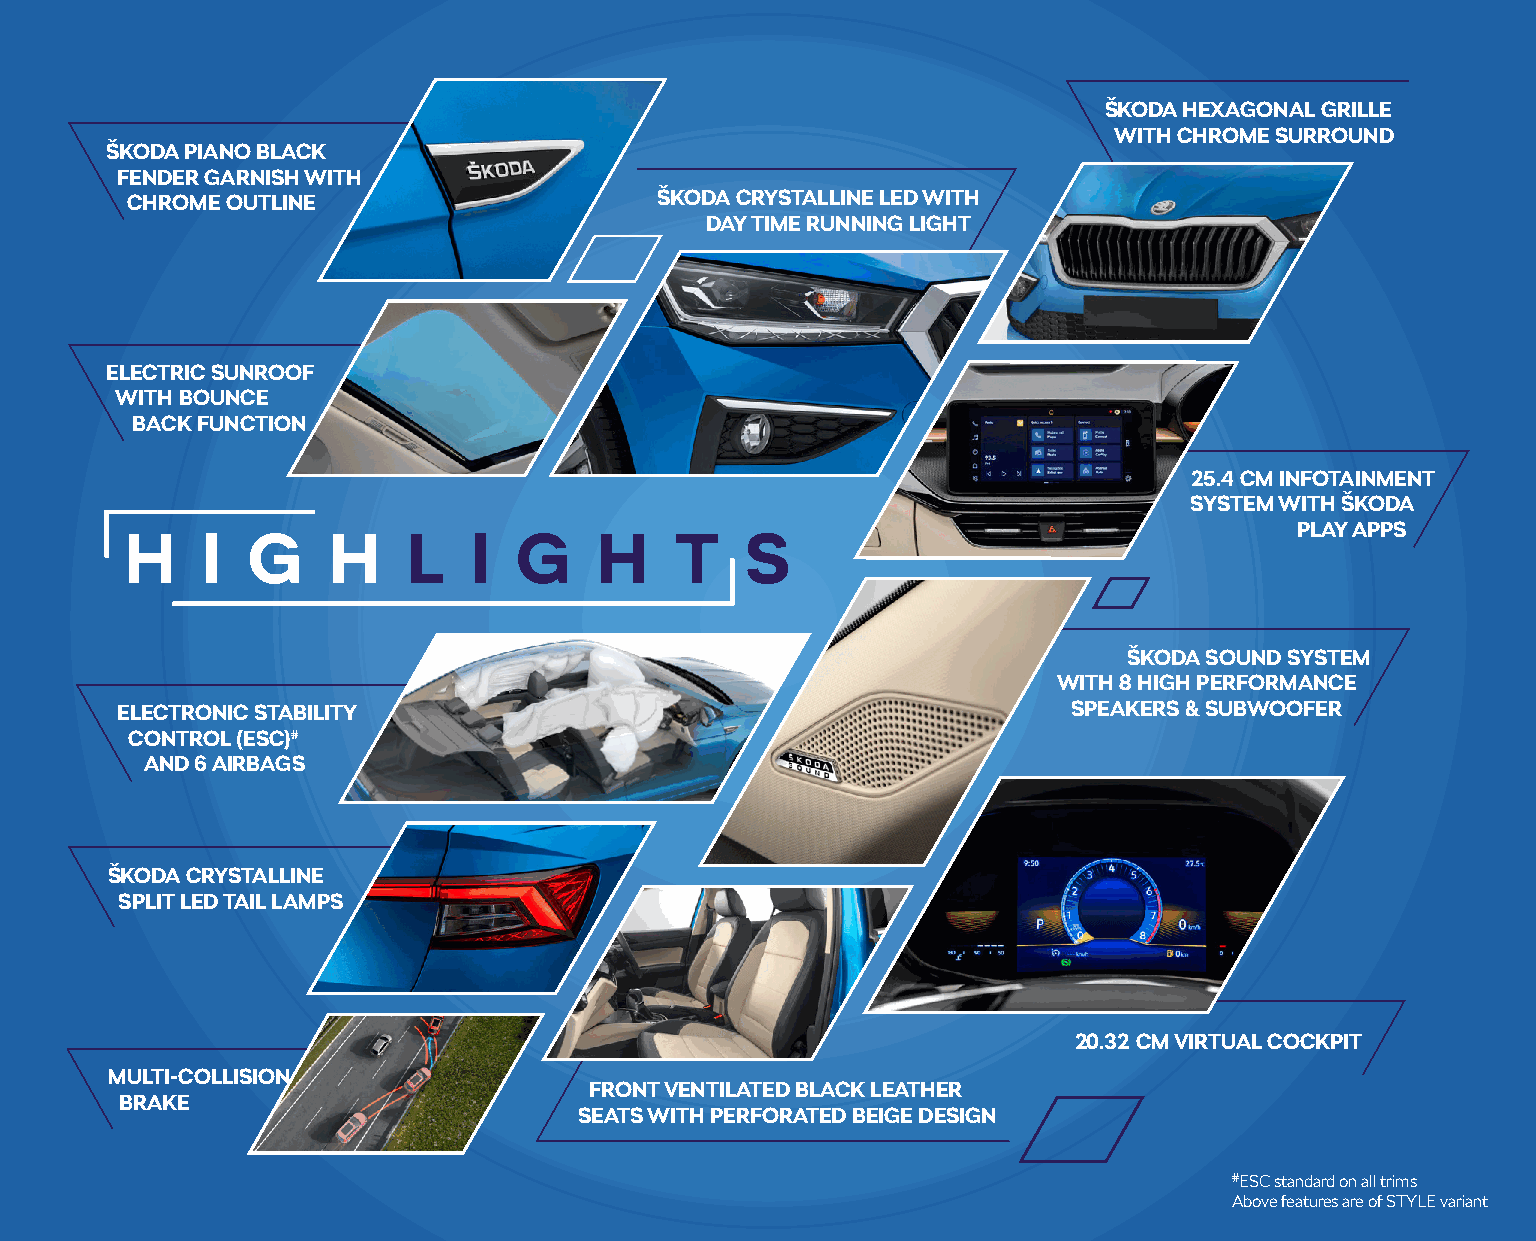
ŠKODA HEXAGONAL GRILLE
 WITH CHROME SURROUND
 ŠKODA PIANO BLACK
 FENDER GARNISH WITH
 CHROME OUTLINE                      ŠKODA CRYSTALLINE LED WITH
 DAY TIME RUNNING LIGHT
 ELECTRIC SUNROOF
 WITH BOUNCE
 BACK FUNCTION
 25.4 CM INFOTAINMENT
 SYSTEM WITH ŠKODA
 PLAY APPS
 H    I  G     HL     I  G     H    T    S
 ŠKODA SOUND SYSTEM
 WITH 8 HIGH PERFORMANCE
 ELECTRONIC STABILITY                                           SPEAKERS & SUBWOOFER
 CONTROL (ESC)#
 AND 6 AIRBAGS
 ŠKODA CRYSTALLINE
 SPLIT LED TAIL LAMPS
 20.32 CM VIRTUAL COCKPIT
 MULTI-COLLISION
 FRONT VENTILATED BLACK LEATHER
 BRAKE
 SEATS WITH PERFORATED BEIGE DESIGN
 #ESC standard on all trims
 Above features are of STYLE variant